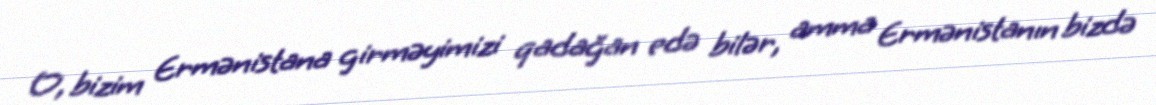
O, bizim Ermənistana girməyimizi qadağan edə bilər, amma Ermənistanın bizdə